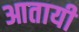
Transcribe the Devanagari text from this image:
आतायी